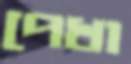
পেখা